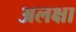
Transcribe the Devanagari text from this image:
अलक्षा